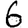
Digit: 6